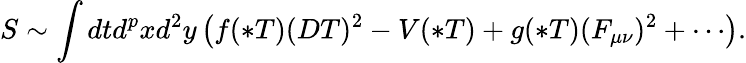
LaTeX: S\sim\int dtd^{p}xd^{2}y\left(f(*T)(DT)^{2}-V(*T)+g(*T)(F_{\mu\nu})^{2}+\cdots\right).